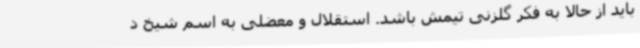
باید از حالا به فکر گلزنی تیمش باشد. استقلال و معضلی به اسم شیخ د